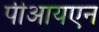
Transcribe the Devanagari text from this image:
पीआयएन